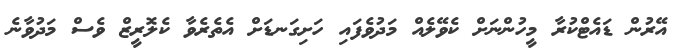
އޭރުން ޑައެޓްކުރާ މީހުންނަށް ކެވޭލެއް މަދުވެފައި ހަށިގަނޑަށް އެތެރެވާ ކެލޮރީޒް ވެސް މަދުވާނެ